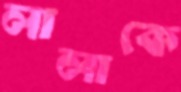
লালাকে